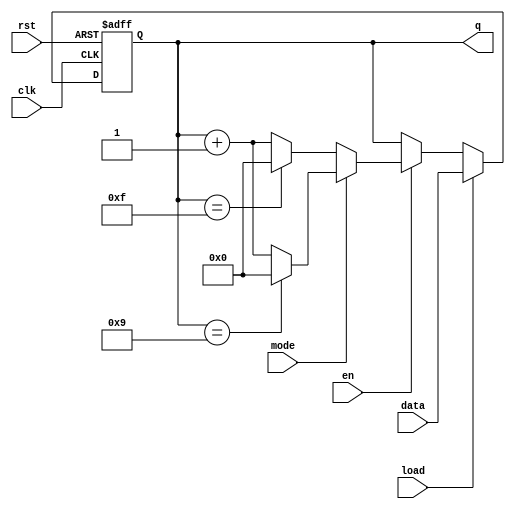
module synchronous_counter (
    input wire clk,          // Clock input
    input wire rst,          // Asynchronous reset
    input wire en,           // Enable input
    input wire load,         // Load input
    input wire [3:0] data,   // Load value input
    input wire mode,         // Mode selection: 0 for binary, 1 for BCD
    output reg [3:0] q       // Current count output
);

    // Maximum values for binary and BCD
    localparam MAX_BINARY = 4'b1111; // 15 for 4-bit binary
    localparam MAX_BCD = 4'b1001;     // 9 for BCD

    always @(posedge clk or posedge rst) begin
        if (rst) begin
            q <= 4'b0000; // Reset the counter to 0
        end else if (load) begin
            q <= data; // Load the specified value
        end else if (en) begin
            if (mode == 1'b0) begin // Binary mode
                if (q == MAX_BINARY) begin
                    q <= 4'b0000; // Wrap around to 0
                end else begin
                    q <= q + 1; // Increment the counter
                end
            end else if (mode == 1'b1) begin // BCD mode
                if (q == MAX_BCD) begin
                    q <= 4'b0000; // Wrap around to 0
                end else begin
                    q <= q + 1; // Increment the counter
                end
            end
        end
    end

endmodule